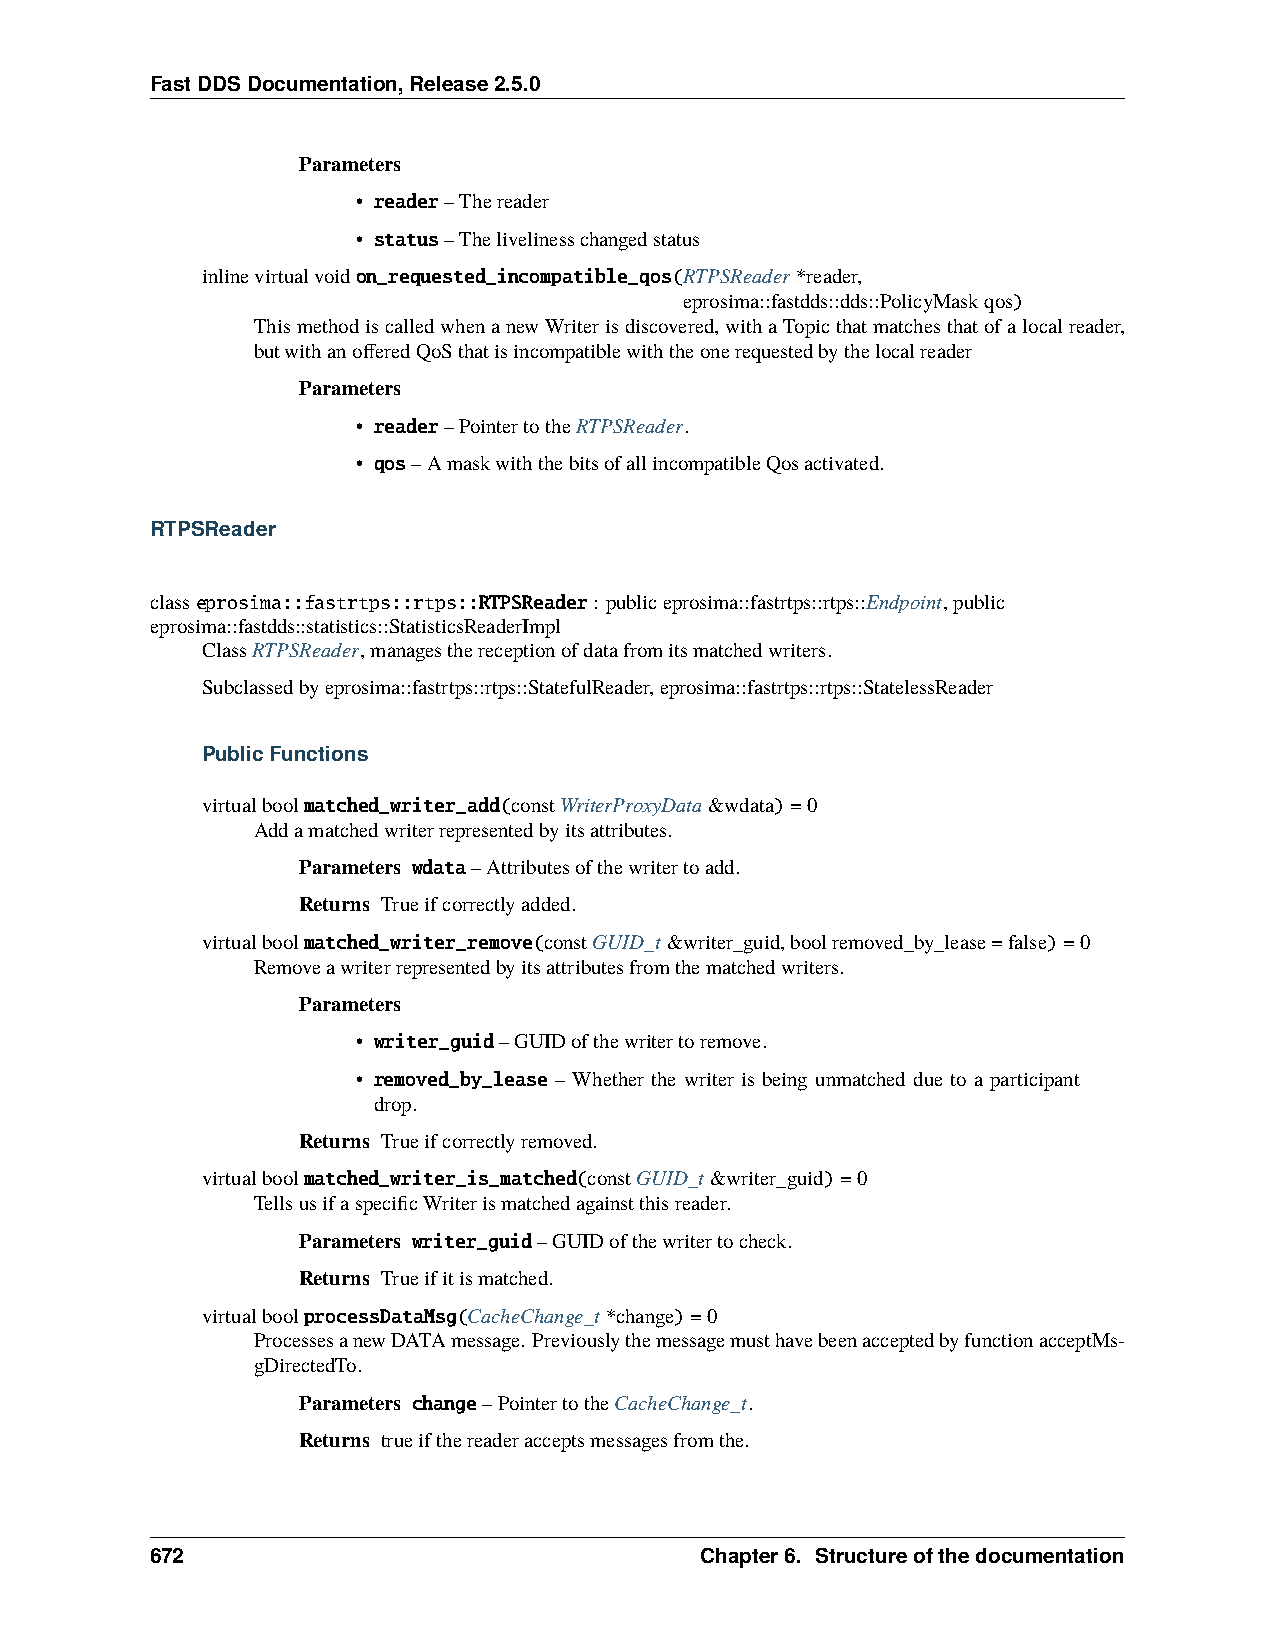
FastDDSDocumentation,Release2.5.0
 Parameters
 • reader–Thereader
 • status–Thelivelinesschangedstatus
 inlinevirtualvoidon_requested_incompatible_qos(RTPSReader*reader,
 eprosima::fastdds::dds::PolicyMaskqos)
 ThismethodiscalledwhenanewWriterisdiscovered,withaTopicthatmatchesthatofalocalreader,
 butwithanofferedQoSthatisincompatiblewiththeonerequestedbythelocalreader
 Parameters
 • reader–PointertotheRTPSReader.
 • qos–AmaskwiththebitsofallincompatibleQosactivated.
 RTPSReader
 classeprosima::fastrtps::rtps::RTPSReader: publiceprosima::fastrtps::rtps::Endpoint,public
 eprosima::fastdds::statistics::StatisticsReaderImpl
 ClassRTPSReader,managesthereceptionofdatafromitsmatchedwriters.
 Subclassedbyeprosima::fastrtps::rtps::StatefulReader,eprosima::fastrtps::rtps::StatelessReader
 PublicFunctions
 virtualboolmatched_writer_add(constWriterProxyData&wdata)=0
 Addamatchedwriterrepresentedbyitsattributes.
 Parameters wdata–Attributesofthewritertoadd.
 Returns Trueifcorrectlyadded.
 virtualboolmatched_writer_remove(constGUID_t&writer_guid,boolremoved_by_lease=false)=0
 Removeawriterrepresentedbyitsattributesfromthematchedwriters.
 Parameters
 • writer_guid–GUIDofthewritertoremove.
 • removed_by_lease – Whether the writer is being unmatched due to a participant
 drop.
 Returns Trueifcorrectlyremoved.
 virtualboolmatched_writer_is_matched(constGUID_t&writer_guid)=0
 TellsusifaspecificWriterismatchedagainstthisreader.
 Parameters writer_guid–GUIDofthewritertocheck.
 Returns Trueifitismatched.
 virtualboolprocessDataMsg(CacheChange_t*change)=0
 ProcessesanewDATAmessage. PreviouslythemessagemusthavebeenacceptedbyfunctionacceptMs-
 gDirectedTo.
 Parameters change–PointertotheCacheChange_t.
 Returns trueifthereaderacceptsmessagesfromthe.
 672                                 Chapter6. Structureofthedocumentation